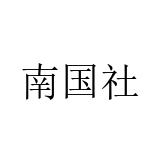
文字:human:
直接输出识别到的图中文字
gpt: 南国社